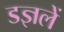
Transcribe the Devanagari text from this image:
डज्ञलें